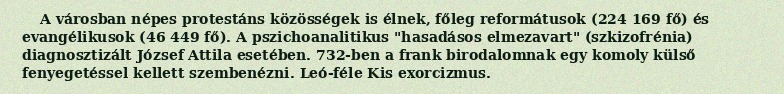
A városban népes protestáns közösségek is élnek, főleg reformátusok (224 169 fő) és evangélikusok (46 449 fő). A pszichoanalitikus "hasadásos elmezavart" (szkizofrénia) diagnosztizált József Attila esetében. 732-ben a frank birodalomnak egy komoly külső fenyegetéssel kellett szembenézni. Leó-féle Kis exorcizmus.